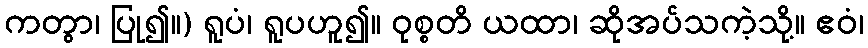
ကတွာ၊ ပြု၍။) ရူပံ၊ ရူပဟူ၍။ ဝုစ္စတိ ယထာ၊ ဆိုအပ်သကဲ့သို့။ ဧဝံ၊